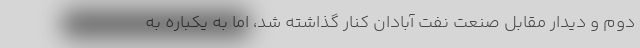
دوم و دیدار مقابل صنعت نفت آبادان کنار گذاشته شد، اما به یکباره به